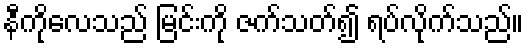
နီကိုလေသည် မြင်းကို ဇက်သတ်၍ ရပ်လိုက်သည်။